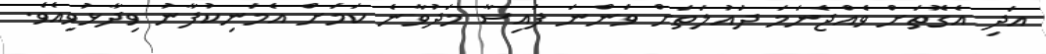
އަދި އެގޮތަށް ވެއްޖެނަމަ ދައުލަތަށް ވަންނަ ފައިސާ މަދުވާނެ ކަމަށް އެމަނިކުފާނު ވިދާޅުވިއެވެ.